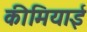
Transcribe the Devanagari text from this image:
कीमियाई